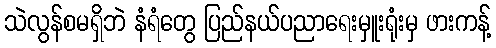
သဲလွန်စမရှိဘဲ နံရံတွေ ပြည်နယ်ပညာရေးမှူးရုံးမှ ဖားကန့်